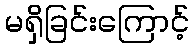
မရှိခြင်းကြောင့်